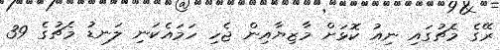
ރޭގެ މެޗުގައި ނިއު ކޮޅަށް މާޒިޔާއިން ޖެހި ހަމައެކަނި ލަނޑު މެޗުގެ 39